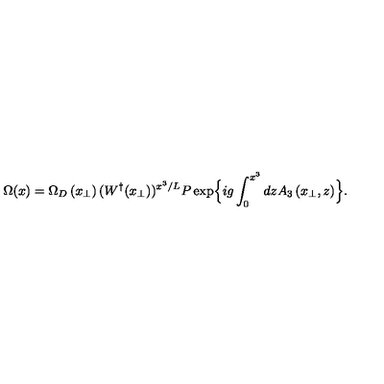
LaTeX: \Omega ( x ) = \Omega _ { D } \left( x _ { \perp } \right) ( W ^ { \dagger } ( x _ { \perp } ) ) ^ { x ^ { 3 } / L } P \exp \Bigl \{ i g \int _ { 0 } ^ { x ^ { 3 } } d z A _ { 3 } \left( x _ { \perp } , z \right) \Bigr \} .